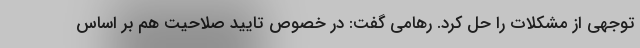
توجهی از مشکلات را حل کرد. رهامی گفت: در خصوص تایید صلاحیت هم بر اساس